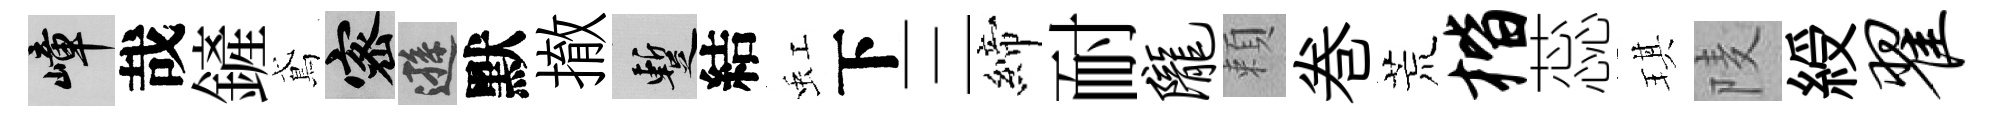
嶂哉鏟鳶密遜默撤暫結虹下三締耐陇頼巻荒楷蕊琪𨹧綬翟